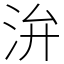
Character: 㳎